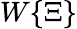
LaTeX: W\lbrace\Xi\rbrace